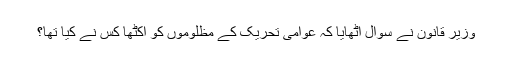
وزیرِ قانون نے سوال اٹھایا کہ عوامی تحریک کے مظلوموں کو اکٹھا کس نے کیا تھا؟